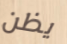
يظن